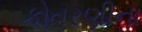
કોતરણીના